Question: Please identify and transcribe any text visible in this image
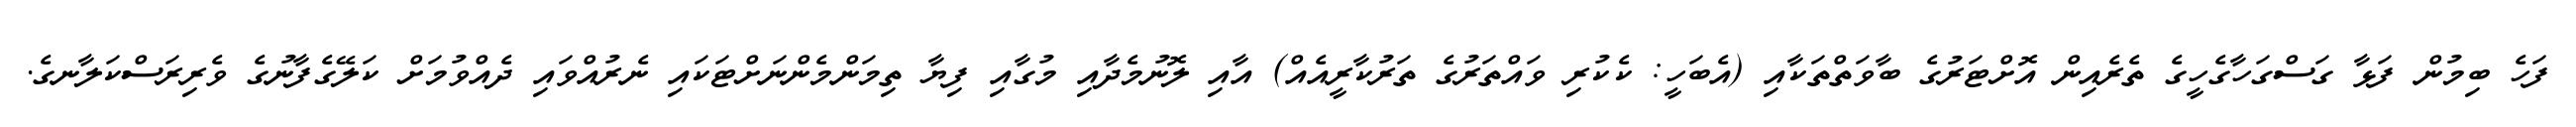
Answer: ފަހެ ބިމުން ފަޅާ ގަސްގަހާގެހީގެ ތެރެއިން އޮށްޓަރުގެ ބާވަތްތަކާއި (އެބަހީ: ކެކުރި ވައްތަރުގެ ތަރުކާރީއެއް) އާއި ލޮނުމެދާއި މުގާއި ފިޔާ ތިމަންމެންނަށްޓަކައި ނެރުއްވައި ދެއްވުމަށް ކަލޭގެފާނުގެ ވެރިރަސްކަލާނގެ.